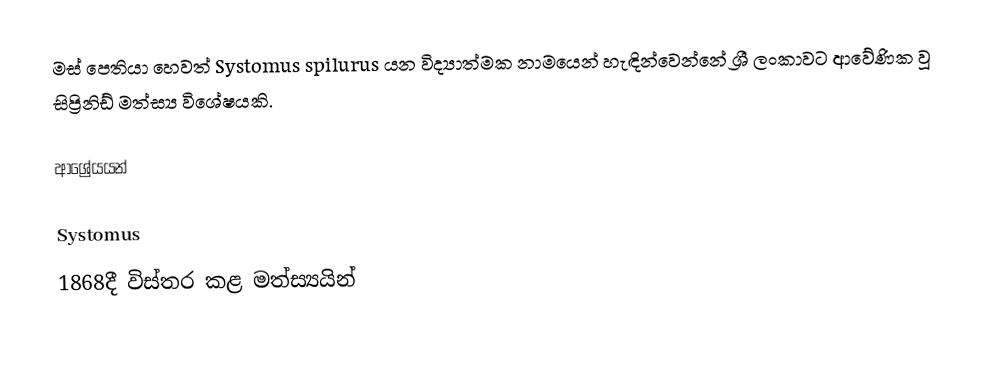
මස් පෙතියා හෙවත් Systomus spilurus යන විද්‍යාත්මක නාමයෙන් හැඳින්වෙන්නේ ශ්‍රී ලංකාවට ආවේණික වූ සිප්‍රිනිඩ් මත්ස්‍ය විශේෂයකි.

ආශ්‍රේයයන්

Systomus
1868දී විස්තර කළ මත්ස්‍යයින්